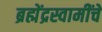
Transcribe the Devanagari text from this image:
ब्रह्मेंद्रस्वामींचें